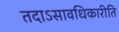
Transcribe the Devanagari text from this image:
तदाऽसावधिकारीति